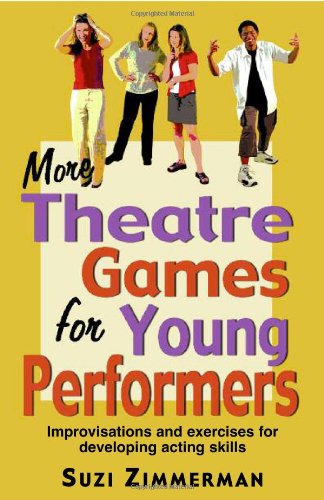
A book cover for More Theatre Games for Young Performers: Improvisations and Exercises for Developing Acting Skills; Suzi Zimmerman; Teen & Young Adult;